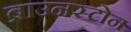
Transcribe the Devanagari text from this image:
ब्राउनस्टोन